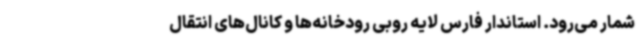
شمار می‌رود. استاندار فارس لایه روبی رودخانه‌ها و کانال‌های انتقال